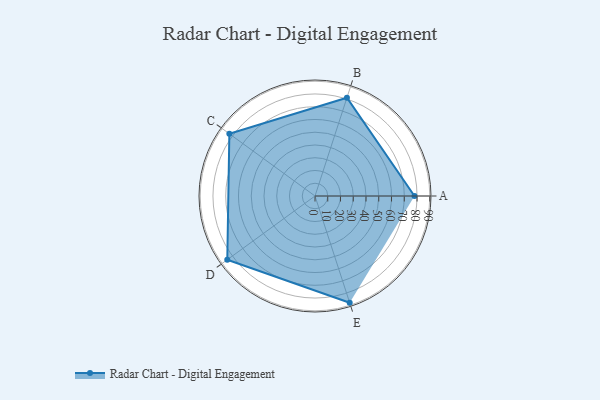
{"axis": {"x": "Skill", "y": "Score"}, "legend": ["Profile"], "data": [{"x": "A", "y": 78.0, "type": "Profile"}, {"x": "B", "y": 81.0, "type": "Profile"}, {"x": "C", "y": 83.0, "type": "Profile"}, {"x": "D", "y": 85.0, "type": "Profile"}, {"x": "E", "y": 88.0, "type": "Profile"}]}